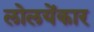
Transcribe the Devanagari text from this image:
लोलयेंकार